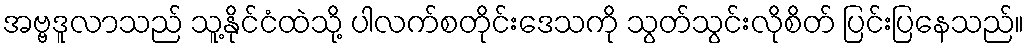
အဗ္ဗဒူလာသည် သူ့နိုင်ငံထဲသို့ ပါလက်စတိုင်းဒေသကို သွတ်သွင်းလိုစိတ် ပြင်းပြနေသည်။